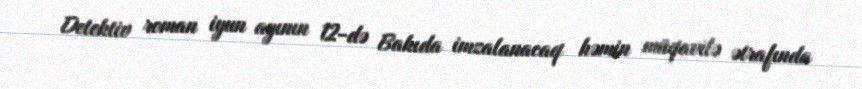
Detektiv roman iyun ayının 12-də Bakıda imzalanacaq həmin müqavilə ətrafında